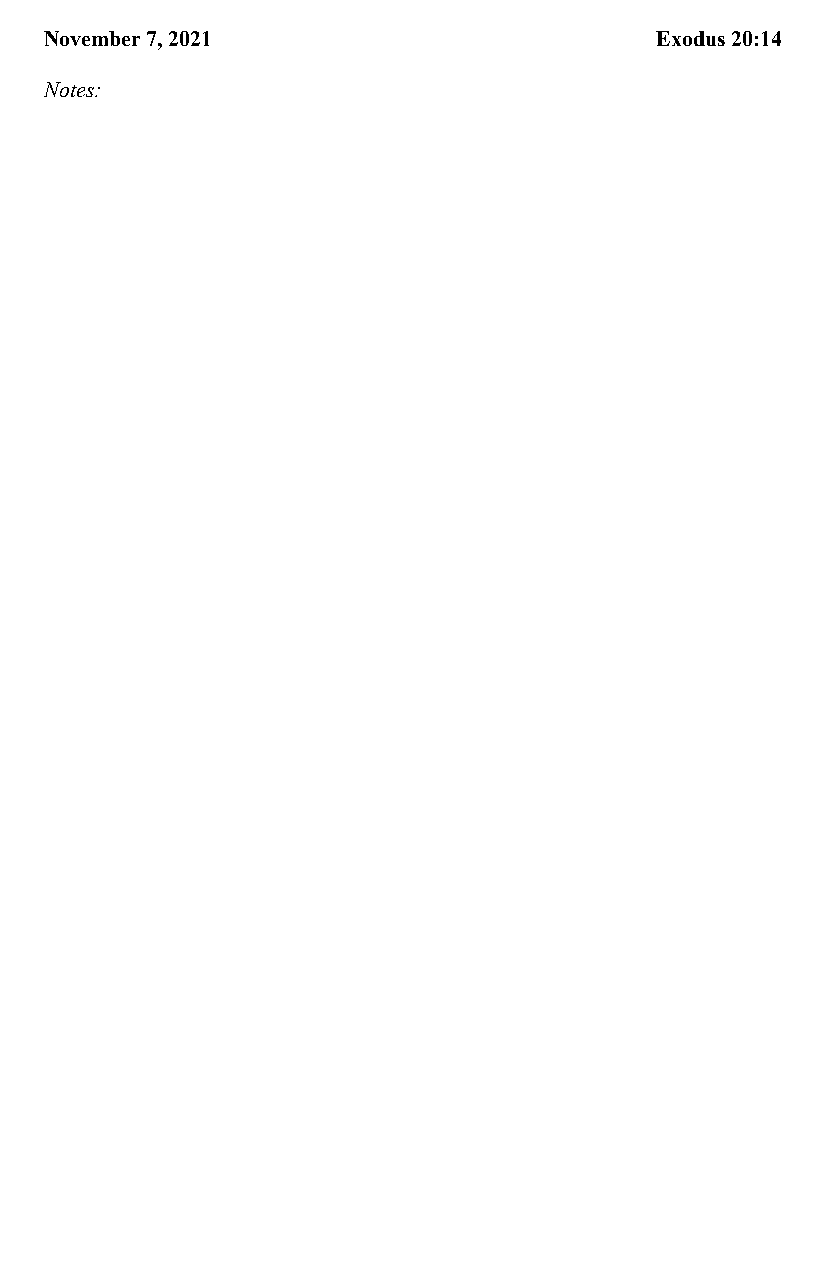
November 7, 2021                        Exodus 20:14  November 7, 2021                         Exodus 20:14
 Notes:                                                Notes: